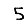
Digit: 5